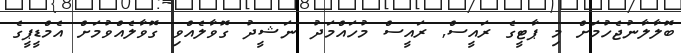
ބޮލާލާނުޖެހުމަށް މި ޕާޓީގެ ރައީސް